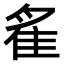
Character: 𨾞